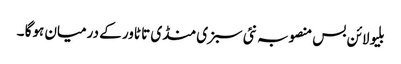
بلیو لائن بس منصوبہ نئی سبزی منڈی تا ٹاور کے درمیان ہوگا ۔